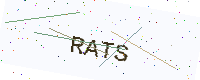
Text: RATS